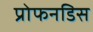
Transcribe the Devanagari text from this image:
प्रोफनडिस